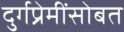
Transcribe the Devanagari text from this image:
दुर्गप्रेमींसोबत